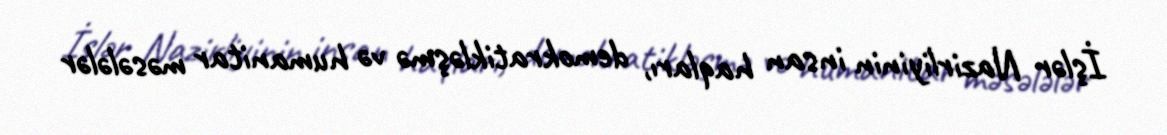
İşlər Nazirliyinin insan haqları, demokratikləşmə və humanitar məsələlər